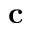
\mathbf { c }